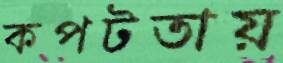
কপটতায়